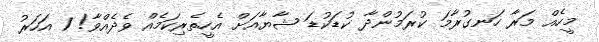
މީހެއް މަރާ ހަނގުރާމަ ކުރަމުންދާ ކުޑަކުޑަ ޝާޔާއަށް އެހީތެރިކަމެއް ވެދެއްވާ! 1 އަހަރު